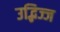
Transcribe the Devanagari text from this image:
उद्भिज्ज